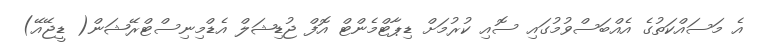
އެ މަސައްކަތުގެ އެއްބަސްވުމުގައި ސޮއި ކުރުމަށް ޑިޕާޓްމެންޓް އޮފް ޖުޑިޝަލް އެޑްމިނިސްޓްރޭޝަން( ޑީޖޭއޭ)